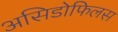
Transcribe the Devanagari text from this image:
असिडोफिलस